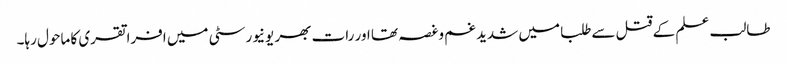
طالب علم کے قتل سےطلبا میں شدید غم وغصہ تھا اور رات بھر یونیورسٹی میں افراتقری کا ماحول رہا۔